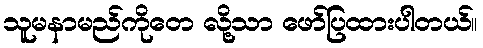
သူမနာမည်ကိုတေ လို့သာ ဖော်ပြထားပါတယ်။